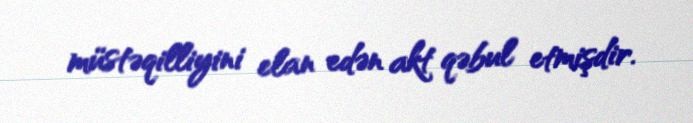
müstəqilliyini elan edən akt qəbul etmişdir.